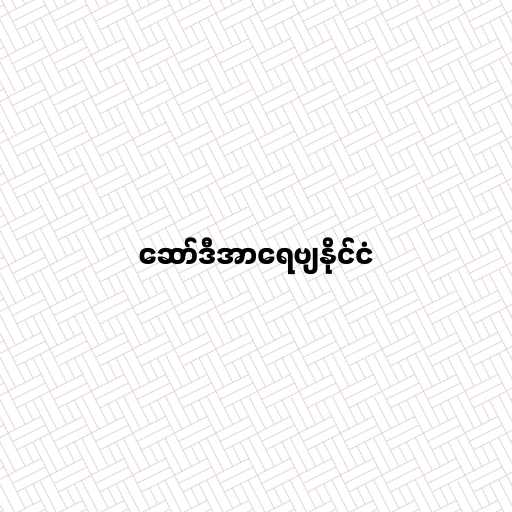
ဆော်ဒီအာရေဗျနိုင်ငံ